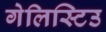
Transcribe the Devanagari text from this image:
गेलिस्टिउ